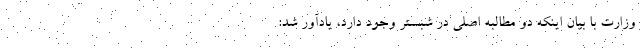
وزارت با بیان اینکه دو مطالبه اصلی در شبستر وجود دارد، یادآور شد: